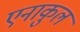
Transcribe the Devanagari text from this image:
एनाकुल